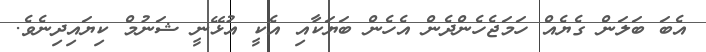
އެބަ ބަލަން ގެޔެއް ހަމަޖެހެންދެން އެހެން ބަޔަކާއި އެކީ އުޅޭނީ ޝަނުމް ކިޔައިދިނެވެ.